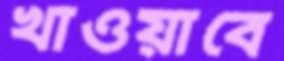
খাওয়াবে